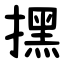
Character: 㩏